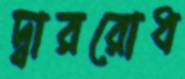
দ্বাররোধ